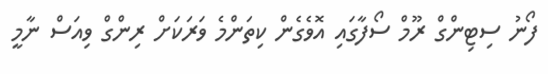
ފޯނު ސިޓިންގް ރޫމް ސޯފާގައި އޮވެގެން ކިތަންމެ ވަރަކަށް ރިންގް ވިއަސް ނާމީ